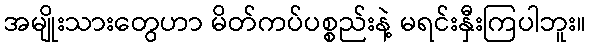
အမျိုးသားတွေဟာ မိတ်ကပ်ပစ္စည်းနဲ့ မရင်းနှီးကြပါဘူး။